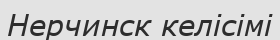
Нерчинск келісімі